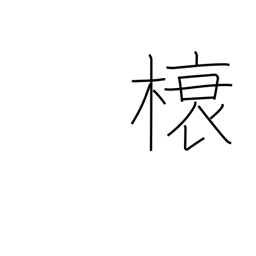
Meaning: rafter